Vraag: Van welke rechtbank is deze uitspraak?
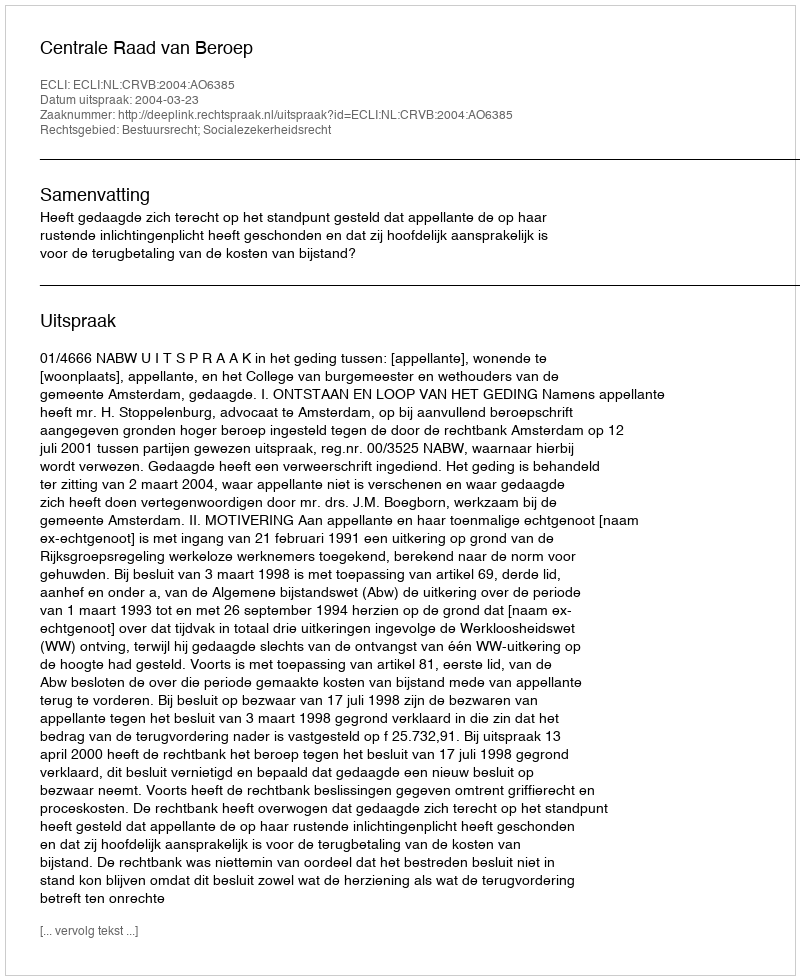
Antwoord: Centrale Raad van Beroep